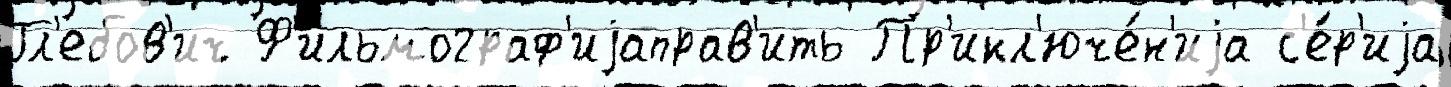
Гл'ебов'ич Ф'ильмограф'иjаправ'ить Пр'икл'юче́н'иjа с'е́р'иjа